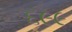
૬૯૯